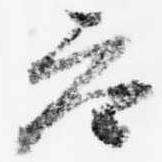
参